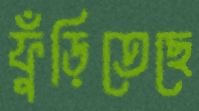
ফুঁড়িতেছে